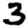
Digit: 3